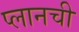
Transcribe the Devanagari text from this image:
प्लानची